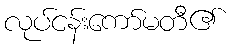
လုပ်ငန်းကော်မတီ၏